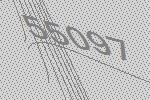
55097